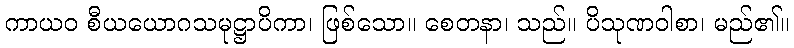
ကာယဝ စီယယောဂသမုဋ္ဌာပိကာ၊ ဖြစ်သော။ စေတနာ၊ သည်။ ပိသုဏဝါစာ၊ မည်၏။